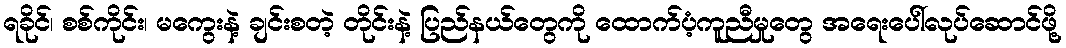
ရခိုင်၊ စစ်ကိုင်း၊ မကွေးနဲ့ ချင်းစတဲ့ တိုင်းနဲ့ ပြည်နယ်တွေကို ထောက်ပံ့ကူညီမှုတွေ အရေးပေါ်လုပ်ဆောင်ဖို့